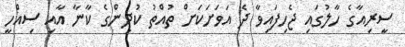
ސީރިއާގެ ހާލުގައި ޖެހިފައިވާ ދެ އަވަށަކަށް ތުއްތު ކުދިންގެ ކާނާ އާއި ސިއްހީ